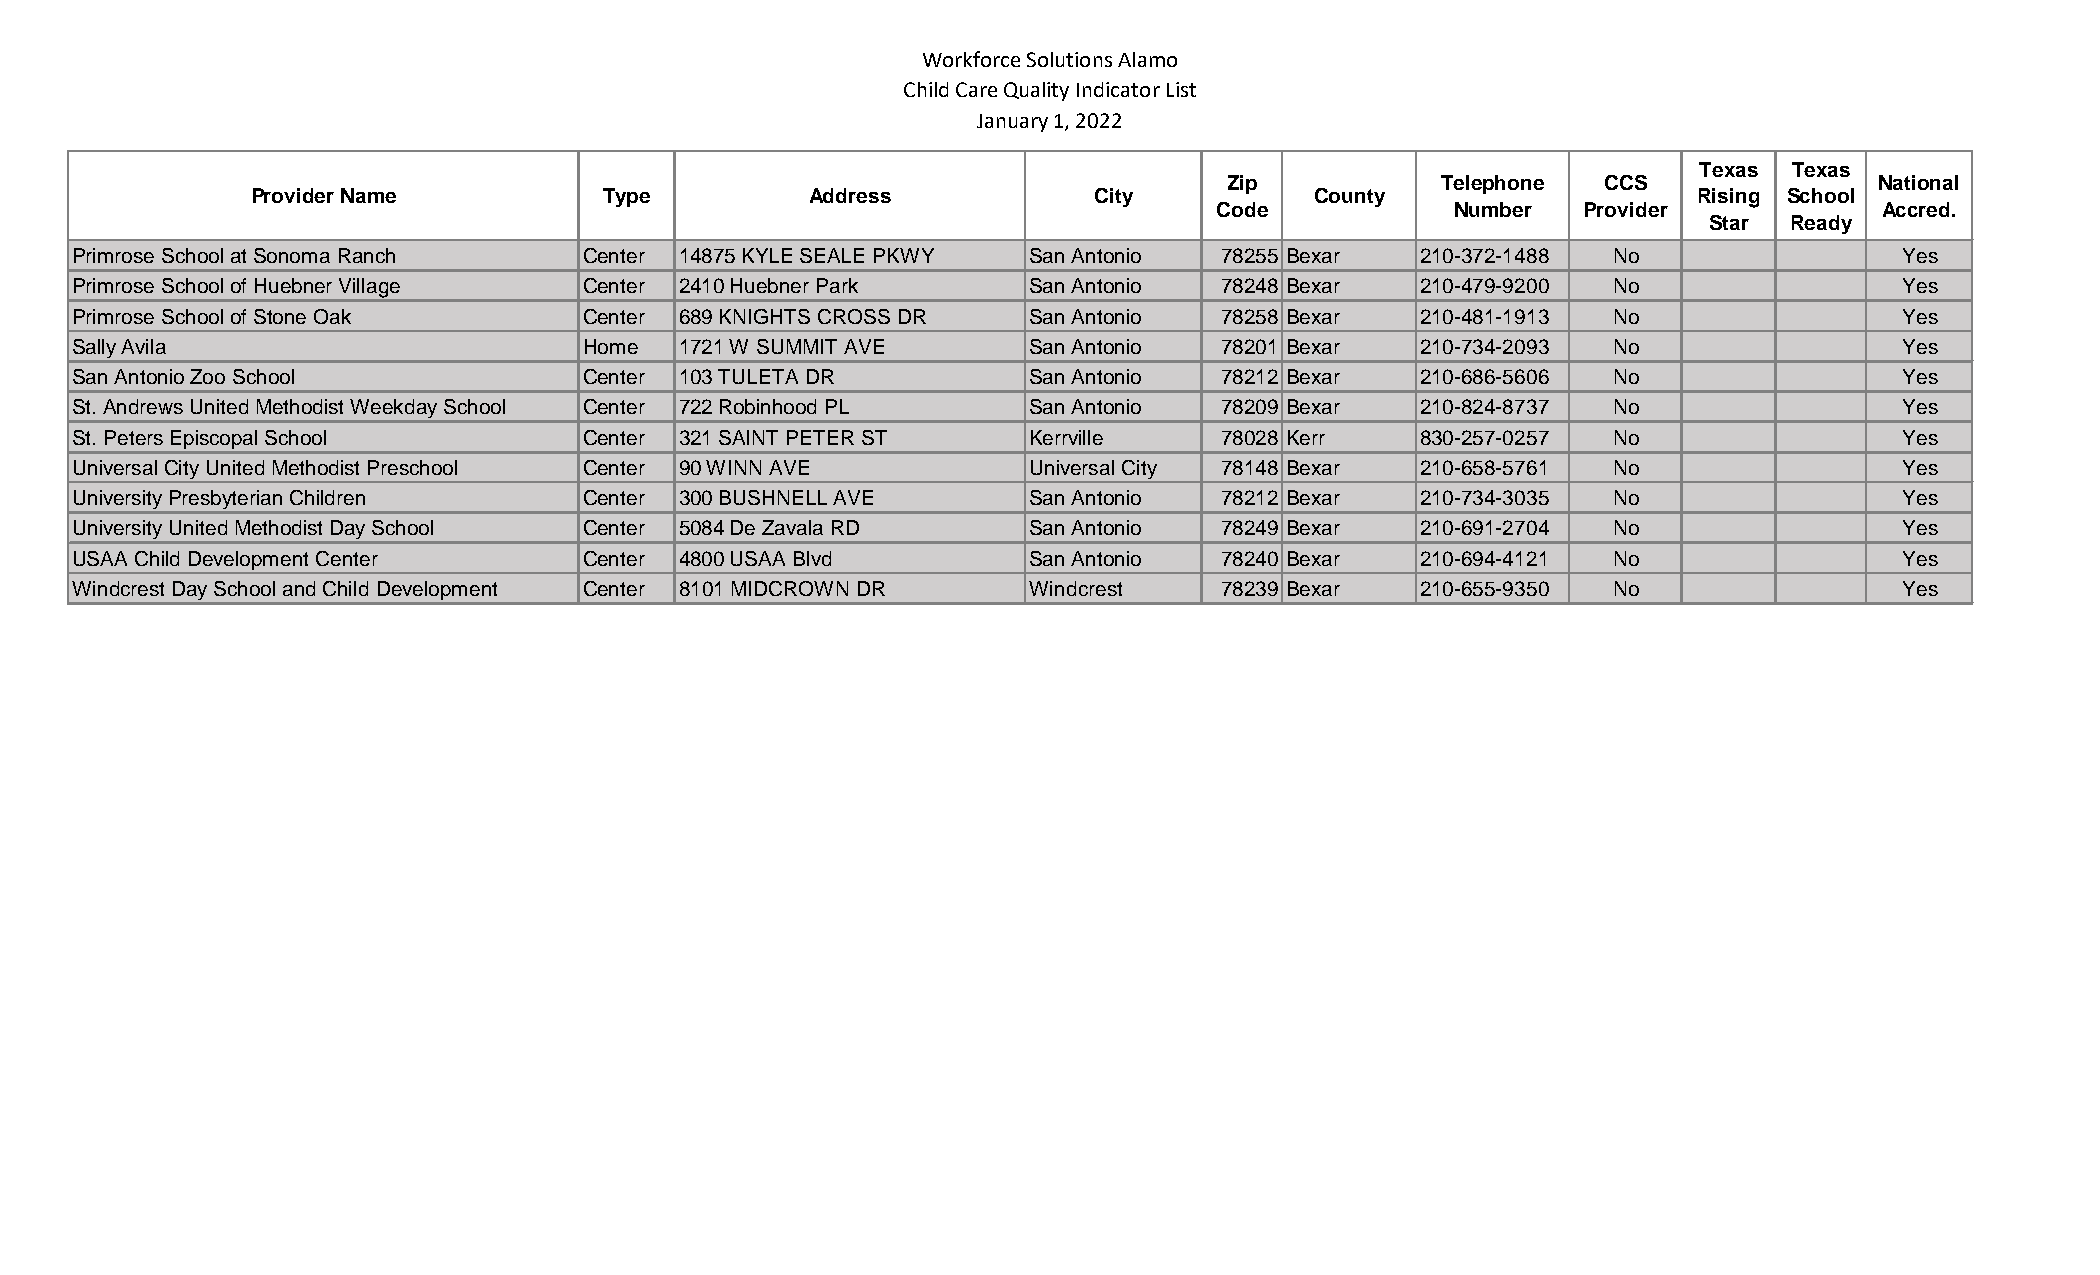
Workforce Solutions Alamo
 Child Care Quality Indicator List
 January 1, 2022
 Texas Texas
 Zip           Telephone  CCS               National
 Provider Name          Type          Address           City           County                   Rising School
 Code           Number   Provider            Accred.
 Star  Ready
 Primrose School at Sonoma Ranch   Center 14875 KYLE SEALE PKWY San Antonio  78255 Bexar  210-372-1488 No                 Yes
 Primrose School of Huebner Village Center 2410 Huebner Park    San Antonio  78248 Bexar  210-479-9200 No                 Yes
 Primrose School of Stone Oak      Center 689 KNIGHTS CROSS DR  San Antonio  78258 Bexar  210-481-1913 No                 Yes
 Sally Avila                       Home  1721 W SUMMIT AVE      San Antonio  78201 Bexar  210-734-2093 No                 Yes
 San Antonio Zoo School            Center 103 TULETA DR         San Antonio  78212 Bexar  210-686-5606 No                 Yes
 St. Andrews United Methodist Weekday School Center 722 Robinhood PL San Antonio 78209 Bexar 210-824-8737 No              Yes
 St. Peters Episcopal School       Center 321 SAINT PETER ST    Kerrville    78028 Kerr   830-257-0257 No                 Yes
 Universal City United Methodist Preschool Center 90 WINN AVE   Universal City 78148 Bexar 210-658-5761 No                Yes
 University Presbyterian Children  Center 300 BUSHNELL AVE      San Antonio  78212 Bexar  210-734-3035 No                 Yes
 University United Methodist Day School Center 5084 De Zavala RD San Antonio 78249 Bexar  210-691-2704 No                 Yes
 USAA Child Development Center     Center 4800 USAA Blvd        San Antonio  78240 Bexar  210-694-4121 No                 Yes
 Windcrest Day School and Child Development Center 8101 MIDCROWN DR Windcrest 78239 Bexar 210-655-9350 No                 Yes